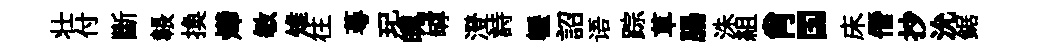
壮付斷韔換燁敏雉往蕚玘魄罅澄詩轣詔语踪草腸洙組肖国床僭抄沇鋸